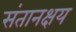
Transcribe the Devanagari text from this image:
संतानक्षय